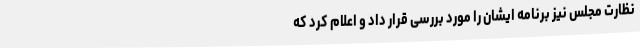
نظارت مجلس نیز برنامه ایشان را مورد بررسی قرار داد و اعلام کرد که